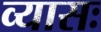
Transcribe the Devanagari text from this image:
व्यासः